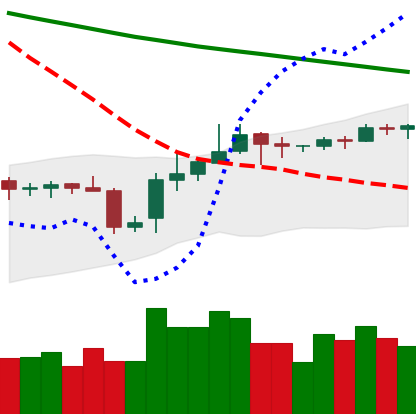
Ticker: BNB-USD
Chart end date: 2019-11-06
Forward return: -3.289%
Label: down_3_5